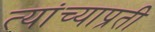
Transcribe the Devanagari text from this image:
त्यांच्याप्रती